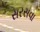
સરસવા